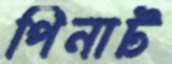
পিনাট